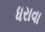
ધરાવા